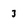
Character: 3